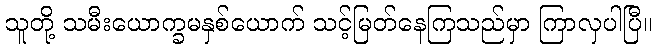
သူတို့ သမီးယောက္ခမနှစ်ယောက် သင့်မြတ်နေကြသည်မှာ ကြာလှပါပြီ။